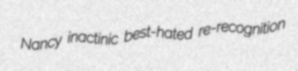
Nancy inactinic best-hated re-recognition